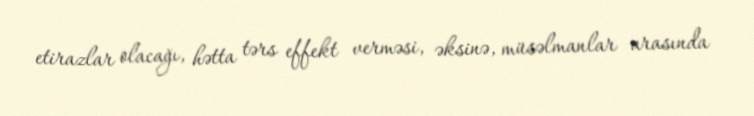
etirazlar olacağı, hətta tərs effekt verməsi, əksinə, müsəlmanlar arasında